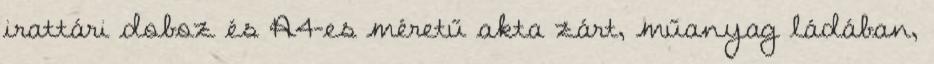
irattári doboz és A4-es méretű akta zárt, műanyag ládában,